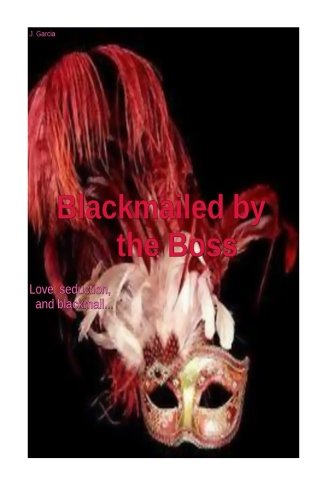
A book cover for Blackmailed by the Boss; J. Garcia; Romance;